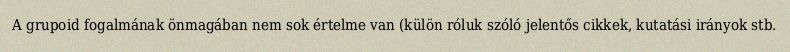
A grupoid fogalmának önmagában nem sok értelme van (külön róluk szóló jelentős cikkek, kutatási irányok stb.